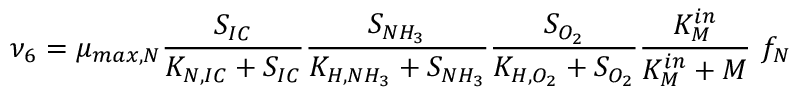
\nu _ { 6 } = \mu _ { m a x , N } \frac { S _ { I C } } { K _ { N , I C } + S _ { I C } } \frac { S _ { N H _ { 3 } } } { K _ { H , N H _ { 3 } } + S _ { N H _ { 3 } } } \frac { S _ { O _ { 2 } } } { K _ { H , O _ { 2 } } + S _ { O _ { 2 } } } \frac { K _ { M } ^ { i n } } { K _ { M } ^ { i n } + M } \ f _ { N }